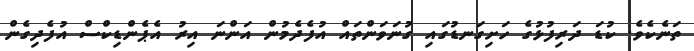
ތަނެކެވެ. ކުޑަ ދަރިފުޅުގެ ހަށިގަނޑުގައި ގުނަވަންތައް އުފެދެމުން އަންނަ އިރު އެޕެންޑިކްސް އުފެދިގެން